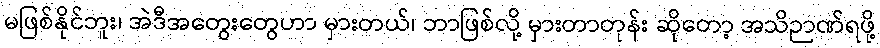
မဖြစ်နိုင်ဘူး၊ အဲဒီအတွေးတွေဟာ မှားတယ်၊ ဘာဖြစ်လို့ မှားတာတုန်း ဆိုတော့ အသိဉာဏ်ရဖို့